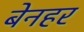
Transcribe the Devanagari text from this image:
बेनहर